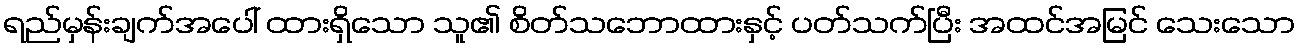
ရည်မှန်းချက်အပေါ် ထားရှိသော သူ၏ စိတ်သဘောထားနှင့် ပတ်သက်ပြီး အထင်အမြင် သေးသော